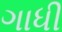
ગાધી